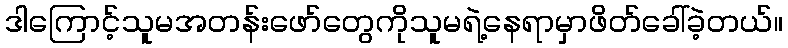
ဒါကြောင့်သူမအတန်းဖော်တွေကိုသူမရဲ့နေရာမှာဖိတ်ခေါ်ခဲ့တယ်။